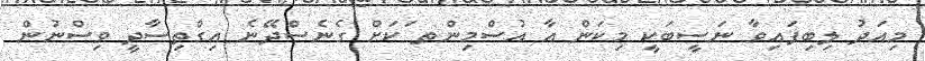
މިއަދު ލިބިފައިވާ ނަސީބަކީ މިކަން އާ އުސްމިންތ ަކަށް ގެނެސްދޭނެ އިގްތިސާދީ ވިސްނުން